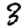
Digit: 3